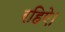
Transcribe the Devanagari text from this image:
रहिऐ।